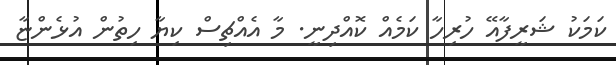
ކަމަކު ޝަރީފާއޭ ހުރިހާ ކަމެއް ކޮއްދިނީ. މާ އެއްޗިސް ކިޔާ ހިތުން އުޅެންޏާ